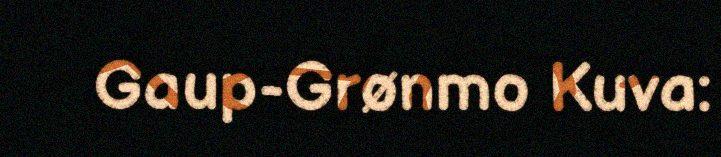
Gaup-Grønmo Kuva: